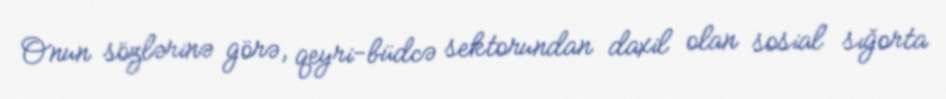
Onun sözlərinə görə, qeyri-büdcə sektorundan daxil olan sosial sığorta